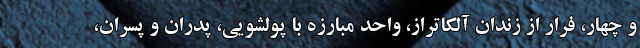
و چهار، فرار از زندان آلکاتراز، واحد مبارزه با پولشویی، پدران و پسران،